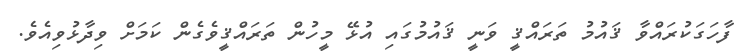
ފާހަގަކުރައްވާ ޤައުމު ތަރައްޤީ ވަނީ ޤައުމުގައި އުޅޭ މީހުން ތަރައްޤީވެގެން ކަމަށް ވިދާޅުވިއެވެ.